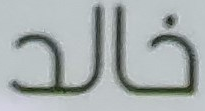
خالد